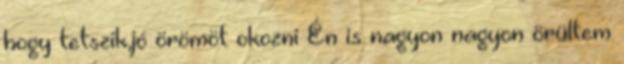
hogy tetszik,jó örömöt okozni Én is nagyon nagyon örültem